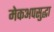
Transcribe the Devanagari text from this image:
मेकअपसुद्धा